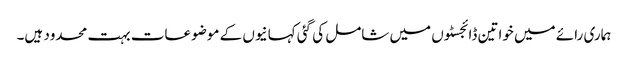
ہماری رائے میں خواتین ڈائجسٹوں میں شامل کی گئی کہانیوں کے موضوعات بہت محدود ہیں۔